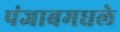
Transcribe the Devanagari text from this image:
पंजाबमधले